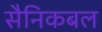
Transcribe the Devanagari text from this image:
सैनिकबल